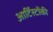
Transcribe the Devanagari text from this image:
आर्टिस्टोंकी